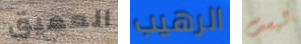
العميق الرهيب ليست